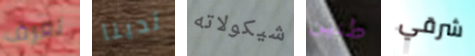
تعرف لدينا شيكولاته طنين شرقي